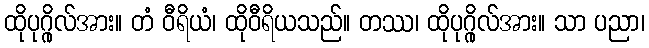
ထိုပုဂ္ဂိုလ်အား။ တံ ဝီရိယံ၊ ထိုဝီရိယသည်။ တဿ၊ ထိုပုဂ္ဂိုလ်အား။ သာ ပညာ၊